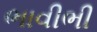
ભાવીભી